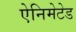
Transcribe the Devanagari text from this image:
ऐनिमेटेड